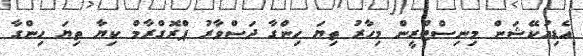
އެޑިއުކޭޝަން މިނިސްޓްރީން މިހާރު ތިޔަ ހިންގާ ދަސްވާރު ޕްރޮގްރާމް ކިޔާ ތިޔަ ހިންގާ